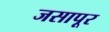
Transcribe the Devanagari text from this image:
जसापूर